Lunatic asylums in Bengal annual reports 1888-1898 - 1888-1898
Year: 1888
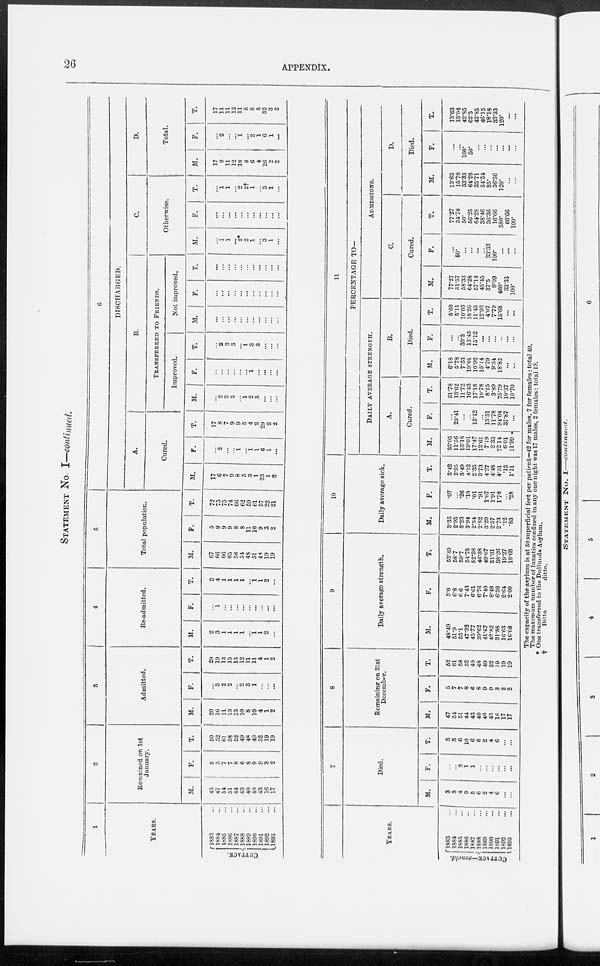
26
APPENDIX.
STATEMENT No. I—continued.
1
YEARS.
CUT T ACK.
1883 ...
1884 ...
1885 ...
1886 ...
1887 ...
1888 ...
1889 ...
1890 ...
1891 ...
1892 ...
1893 ...
2
Remained on 1st
January.
M.
45
47
54
51
44
43
40
40
43
16
17
F.
5
5
7
7
8
6
8
9
9
3
2
T.
50
52
61
58
52
49
48
49
52
19
19
3
Admitted.
M.
20
16
11
13
13
10
8
10
4
1
2
F.
...
3
2
2
...
2
3
1
...
...
...
T.
20
19
13
15
13
12
11
11
4
1
2
4
Re-admitted.
M.
2
3
1
1
1
1
...
1
1
2
...
F.
...
1
...
...
...
...
...
...
...
...
...
T.
2
4
1
1
1
1
...
1
1
2
...
5
Total population.
M.
67
66
66
65
58
54
48
51
48
19
19
F.
5
9
9
9
8
8
11
10
9
3
2
T.
72
75
75
74
66
62
59
61
57
22
21
6
DISCHARGED.
A.
Cured.
M.
17
6
7
9
8
5
3
1
23
1
2
F.
...
2
...
...
1
...
1
1
6
1
...
T.
17
8
7
9
9
5
4
2
29
2
2
B.
TRANSFERRED TO FRIENDS.
Improved.
M.
...
2
3
3
...
1 2
3
...
...
...
F.
...
...
...
...
...
...
1
...
...
...
...
T.
...
2
3
3
...
1
3
3
...
...
...
Not improved.
M.
...
...
...
...
...
...
...
...
...
...
...
F.
...
...
...
...
...
...
...
...
...
...
...
T.
...
...
...
...
...
...
...
...
...
...
...
C.
Otherwise.
M.
...
1
1
...
2*
2
1
...
3
1
...
F.
...
...
...
...
...
...
...
...
...
...
...
T.
...
1
1
...
2
2†
1
...
3
1
...
D.
Total.
M.
17
9
11
12
10
8
6
4
26
2
2
F.
...
2
...
...
1
...
2
1
6
1
...
T.
17
11
11
12
11
8
8
5
32
3
2
YEARS.
CUTTACK—concld.
1883 ...
1884 ...
1885 ...
1886 ...
1887 ...
1888 ...
1889 ...
1890 ...
1891 ...
1892 ...
1893 ...
7
Died.
M.
3
3
4
9
5
6
2
4
6
...
...
F.
... ...
2
1
1
...
...
...
...
...
...
T.
3
3
6
10
6
6
2
4
6
...
...
8
Remaining on 31st
December.
M.
47
54
51
44
43
40
40
43
16
17
17
F.
5
7
7
8
6
8
9
9
3
2
2
T.
52
61
58
52
49
48
49
52
19
19
19
9
Daily average strength.
M.
48.49
51.9
53.1
47.32
45.77
39.62
41.67
42.82
31.88
16.63
16.68
F.
5.0
6.8
6.6
7.43
6.61
6.76
7.40
8.49
6.38
2.64
2.00
T.
53.49
58.7
59.7
54.75
52.38
46.38
49.07
51.31
38.26
19.27
18.68
10
Daily average sick.
M.
3.35
2.95
3.23
3.94
2.34
2.82
3.20
2.57
2.73
.12
.83
F.
.07
...
.26
.18
.01
.91
1.07
1.91
1.78
...
.28
T.
3.42
2.95
3.49
4.12
2.35
3.73
4.27
4.48
4.51
.12
1.11
11
PERCENTAGE TO—
DAILY AVERAGE STRENGTH.
A.
Cured.
M.
35.05
11.56
13.18
19.01
17.47
12.61
7.19
2.33
72.14
6.01
11.99
F.
...
29.41
...
...
15.12
...
13.51
11.78
94.04
37.87
...
T.
31.78
13.62
11.72
16.43
17.18
10.78
8.15
3.89
75.79
10.37
10.70
B.
Died.
M.
6.18
5.78
7.53
19.01
10.92
15.14
4.79
9.34
18.82
...
...
F.
...
...
30.3
13.45
15.12
...
...
...
...
...
...
T.
5.60
5.11
10.05
18.26
11.45
12.93
4.07
7.79
15.68
...
...
ADMISSIONS.
C.
Cured.
M.
77.27
31.57
58.33
64.28
57.14
45.45
37.5
9.09
460.
33.33
100.
F.
...
50.
...
...
...
...
33.33
100.
...
...
...
T.
77.27
34.78
50.
56.25
64.28
38.46
36.36
16.66
580.
66.66
100.
D.
Died.
M.
13.63
15.78
33.33
64.28
35.71
54.54
25.
36.36
120.
...
...
F.
...
...
100.
50.
...
...
...
...
...
...
...
T.
13.63
13.04
42.85
62.5
42.85
46.15
18.18
33.33
120.
...
...
The capacity of the asylum is at 50 superficial feet per patient—42 for males, 7 for females: total 49.
The maximum number of lunatics confined in any one night was 17 males, 2 females: total 19.
* One transferred to the Dullunda Asylum.
†
Ditto
ditto.